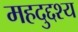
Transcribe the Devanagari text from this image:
महदुद्दश्य